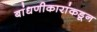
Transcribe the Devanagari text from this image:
बांधणीकारांकडून